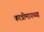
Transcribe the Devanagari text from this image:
कात्रीमागच्या